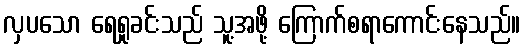
လှပသော ရေရှုခင်းသည် သူ့အဖို့ ကြောက်စရာကောင်းနေသည်။